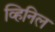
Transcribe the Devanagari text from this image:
व्हिनिल